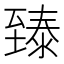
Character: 𬛴